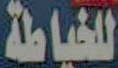
للخياطة